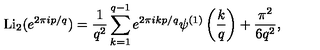
\mathrm { L i } _ { 2 } ( e ^ { 2 \pi i p / q } ) = \frac { 1 } { q ^ { 2 } } \sum _ { k = 1 } ^ { q - 1 } e ^ { 2 \pi i k p / q } \psi ^ { ( 1 ) } \left( \frac { k } { q } \right) + \frac { \pi ^ { 2 } } { 6 q ^ { 2 } } ,